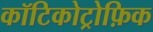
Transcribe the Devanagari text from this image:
कॉटिकोट्रोफ़िक